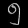
Digit: ၅